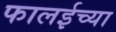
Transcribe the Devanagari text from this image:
फालईच्या